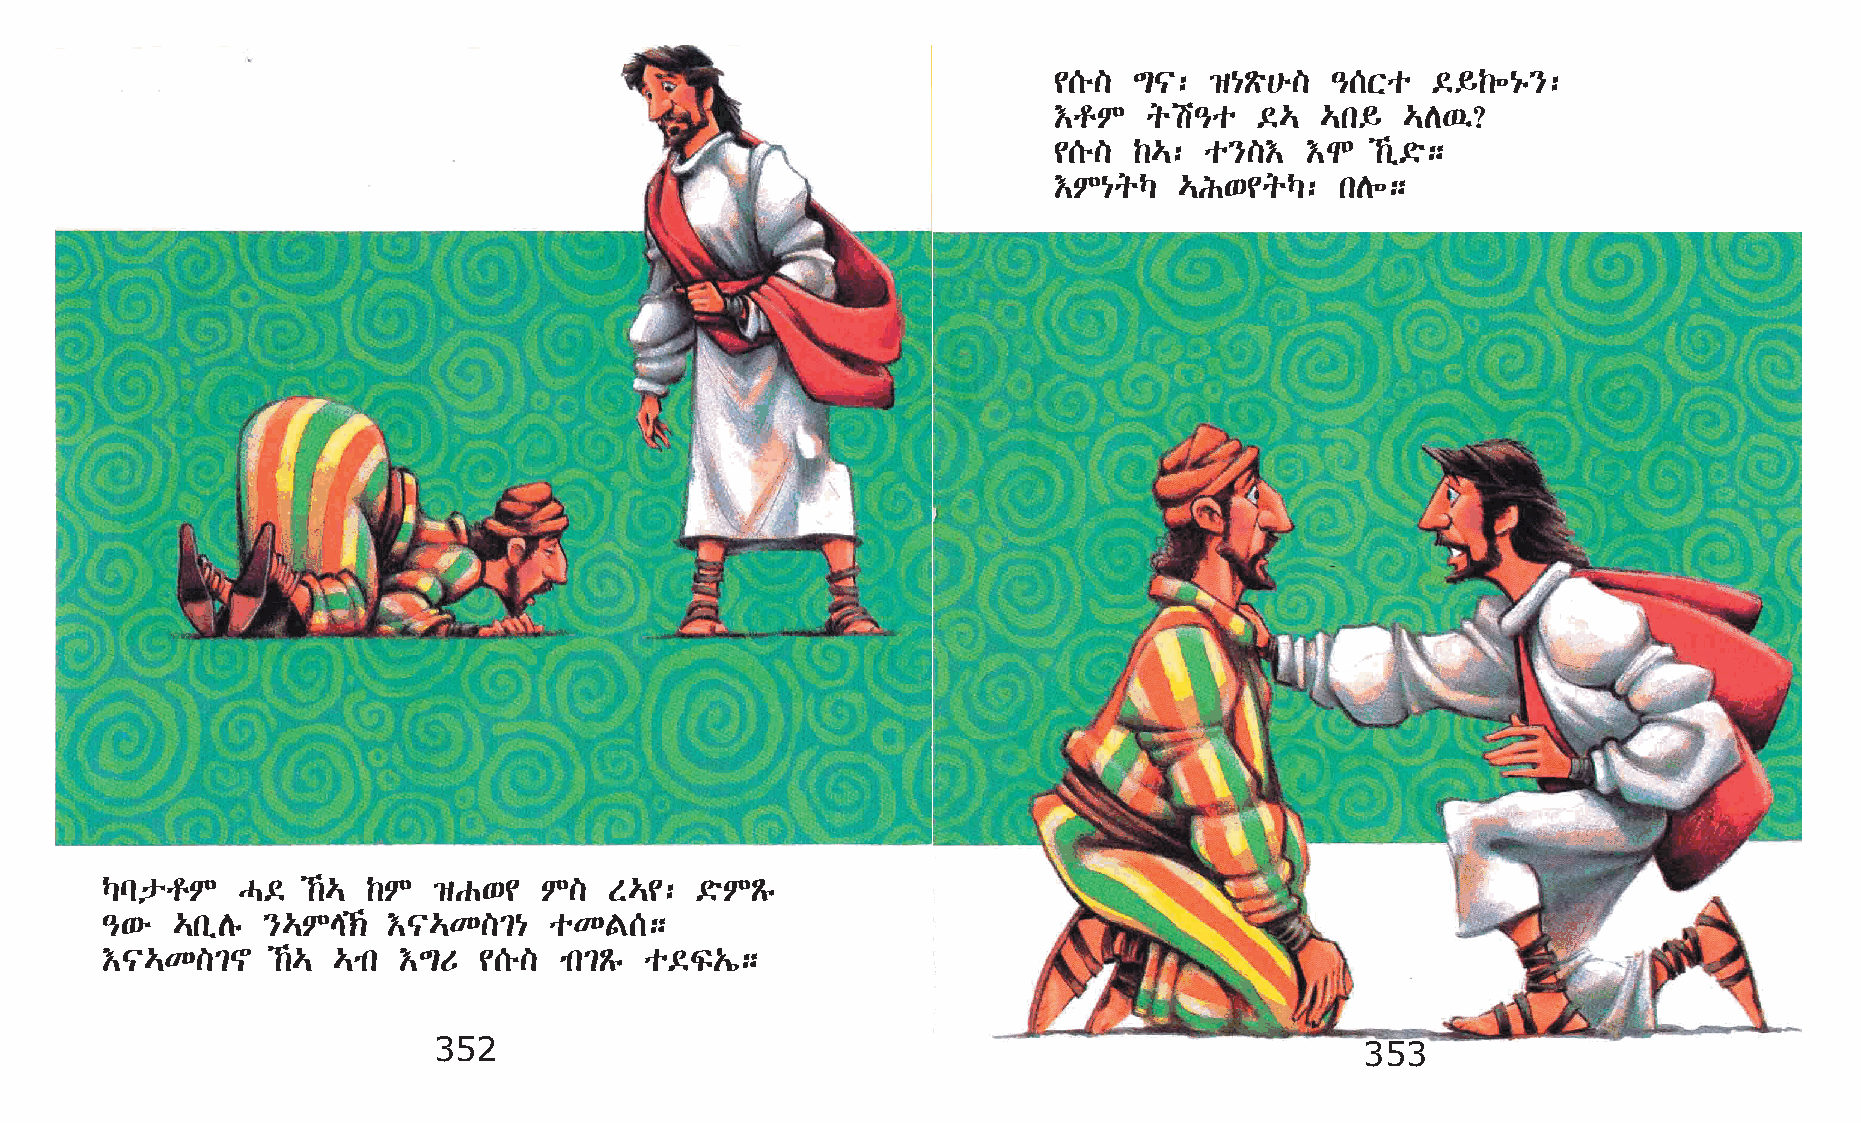
¢[é] ´|:  ›{Ãö@é] –[Xo   ©§‰÷{ê}:
 †rM   qa–o   ©…  …k§   …D’?
 ¢[é] ‰…:  o}]†  †N   ‰ï©ö;
 †M{qŠ   …I‘¢qŠ:    kD÷;
 ŠlprM    H©  ‰… ‰M   ›G‘¢   M]  S…¢:  ©öMÃê
 –‘é …kïDê }…ME‹   †|…K]²{   oKF[;
 †|…K]²~    ‰… …mk †´U   ¢[é] mk²Ãê o©Ï„í;
 352                                                          353